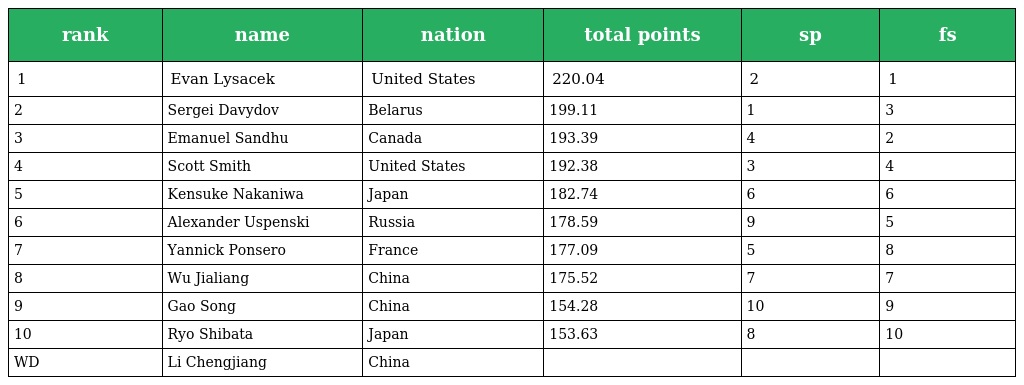
| rank | name | nation | total points | sp | fs |
 | --- | --- | --- | --- | --- | --- |
 | 1 | Evan Lysacek | United States | 220.04 | 2 | 1 |
 | 2 | Sergei Davydov | Belarus | 199.11 | 1 | 3 |
 | 3 | Emanuel Sandhu | Canada | 193.39 | 4 | 2 |
 | 4 | Scott Smith | United States | 192.38 | 3 | 4 |
 | 5 | Kensuke Nakaniwa | Japan | 182.74 | 6 | 6 |
 | 6 | Alexander Uspenski | Russia | 178.59 | 9 | 5 |
 | 7 | Yannick Ponsero | France | 177.09 | 5 | 8 |
 | 8 | Wu Jialiang | China | 175.52 | 7 | 7 |
 | 9 | Gao Song | China | 154.28 | 10 | 9 |
 | 10 | Ryo Shibata | Japan | 153.63 | 8 | 10 |
 | WD | Li Chengjiang | China |  |  |  |